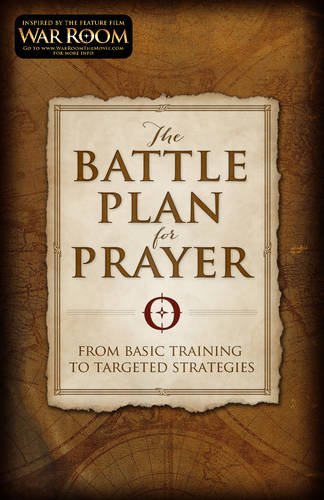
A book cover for The Battle Plan for Prayer: From Basic Training to Targeted Strategies; Stephen Kendrick; Christian Books & Bibles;